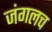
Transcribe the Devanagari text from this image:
जंगलच